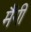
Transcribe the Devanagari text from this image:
मैंगी